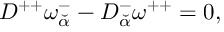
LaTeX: { \cal D } ^ { + + } \omega _ { \breve { \alpha } } ^ { - } - { \cal D } _ { \breve { \alpha } } ^ { - } \omega ^ { + + } = 0 ,